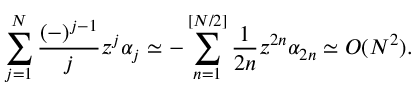
\sum _ { j = 1 } ^ { N } \frac { ( - ) ^ { j - 1 } } { j } z ^ { j } \alpha _ { j } \simeq - \sum _ { n = 1 } ^ { [ N / 2 ] } \frac { 1 } { 2 n } z ^ { 2 n } \alpha _ { 2 n } \simeq { \cal O } ( N ^ { 2 } ) .